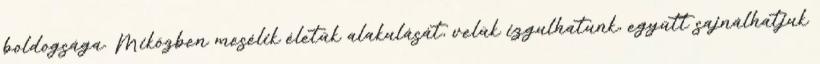
boldogsága. Miközben mesélik életük alakulását, velük izgulhatunk, együtt sajnálhatjuk